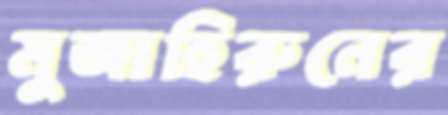
মুজাহিরুনের